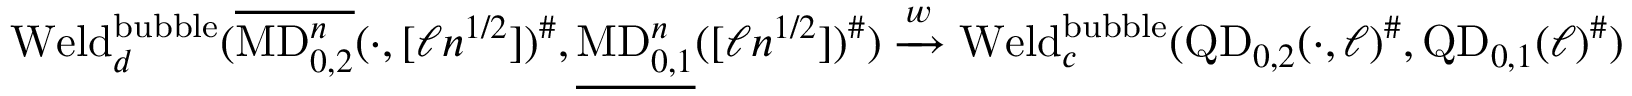
\mathrm { W e l d } _ { d } ^ { \mathrm { b u b b l e } } ( \overline { { \mathrm { M D } _ { 0 , 2 } ^ { n } } } ( \cdot , [ \ell n ^ { 1 / 2 } ] ) ^ { \# } , \underline { { \mathrm { M D } _ { 0 , 1 } ^ { n } } } ( [ \ell n ^ { 1 / 2 } ] ) ^ { \# } ) \xrightarrow { w } \mathrm { W e l d } _ { c } ^ { \mathrm { b u b b l e } } ( \mathrm { Q D } _ { 0 , 2 } ( \cdot , \ell ) ^ { \# } , \mathrm { Q D } _ { 0 , 1 } ( \ell ) ^ { \# } )